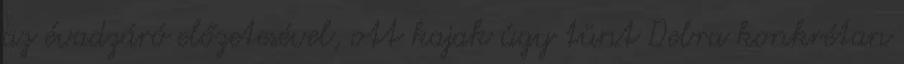
az évadzáró előzetesével, ott kajak úgy tünt Debra konkrétan